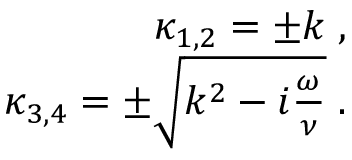
\begin{array} { r } { \kappa _ { 1 , 2 } = \pm k \; , } \\ { \kappa _ { 3 , 4 } = \pm \sqrt { k ^ { 2 } - i \frac { \omega } { \nu } } \; . } \end{array}